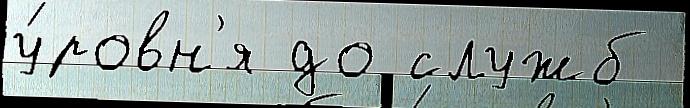
у́ровн'я до служб